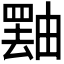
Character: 𪽝